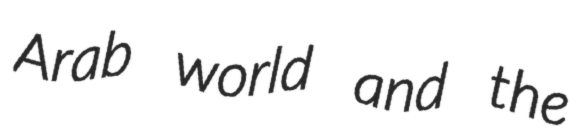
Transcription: Arab world and the